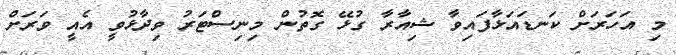
މި އަހަރަށް ކަނޑައަޅާފައިވާ ޝިއާރާ ގުޅޭ ގޮތުން މިނިސްޓަރު ވިދާޅުވީ އެއީ ވަރަށް